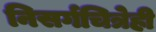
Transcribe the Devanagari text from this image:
निसर्गचित्रेही